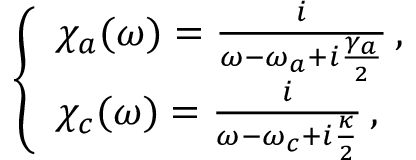
\begin{array} { r } { \left\{ \begin{array} { l l } { \chi _ { a } ( \omega ) = \frac { i } { \omega - \omega _ { a } + i \frac { \gamma _ { a } } { 2 } } \, , } \\ { \chi _ { c } ( \omega ) = \frac { i } { \omega - \omega _ { c } + i \frac { \kappa } { 2 } } \, , } \end{array} \right. \, } \end{array}